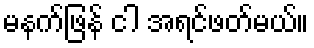
မနက်ဖြန် ငါ အရင်ဖတ်မယ်။